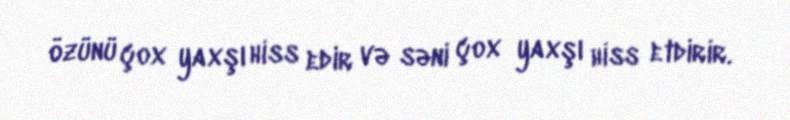
özünü çox yaxşı hiss edir və səni çox yaxşı hiss etdirir.